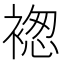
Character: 𧛤